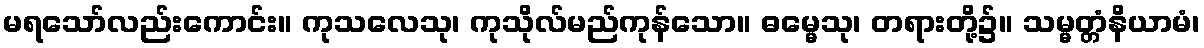
မရသော်လည်းကောင်း။ ကုသလေသု၊ ကုသိုလ်မည်ကုန်သော။ ဓမ္မေသု၊ တရားတို့၌။ သမ္မတ္တံနိယာမံ၊